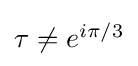
{\textstyle \tau \neq e^{i\pi /3}}